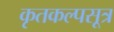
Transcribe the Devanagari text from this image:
कृतकल्पसूत्र